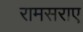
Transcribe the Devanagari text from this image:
रामसराए